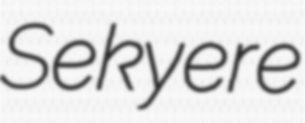
Sekyere